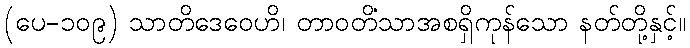
(ပေ-၁၀၉) သာတိဒေဝေဟိ၊ တာဝတိံသာအစရှိကုန်သော နတ်တို့နှင့်။